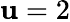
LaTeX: \mathbf{u}=2